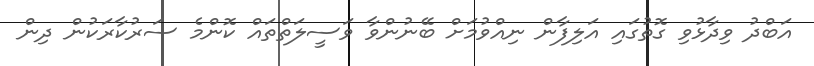
އަބްދު ވިދާޅުވި ގޮތުގައި އަލިފާން ނިއްވުމަށް ބޭނުންވާ ވަސީލަތްތައް ކޮންމެ ސަރުކާރަކުން ދިން